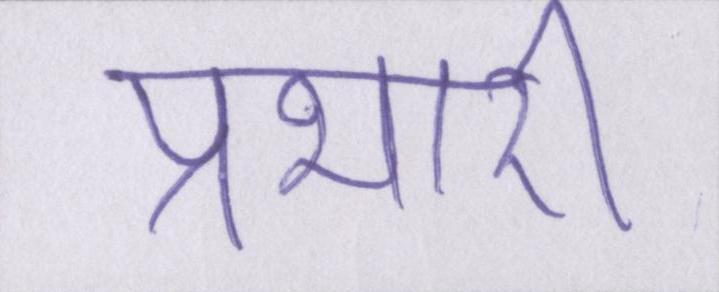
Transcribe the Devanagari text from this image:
प्रभारी